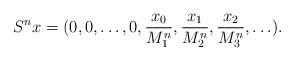
LaTeX: \begin{align*} S^n x = (0,0,\ldots,0,\frac{x_0}{M_1^{n}},\frac{x_1}{M_2^{n}}, \frac{x_2}{M_3^{n}},\ldots).\end{align*}